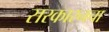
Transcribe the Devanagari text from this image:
सरकारनचा